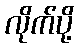
လိုက်ပို့